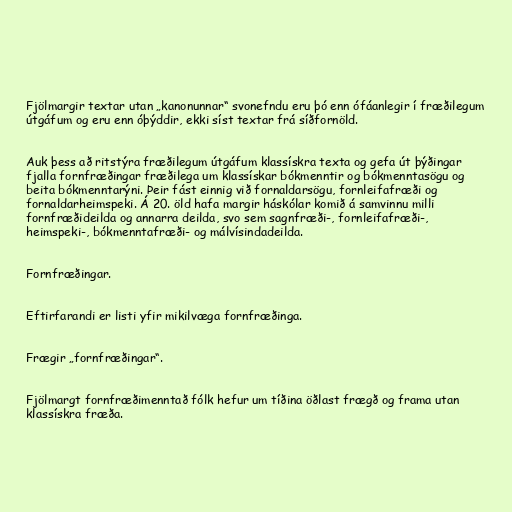
Fjölmargir textar utan „kanonunnar“ svonefndu eru þó enn ófáanlegir í fræðilegum
útgáfum og eru enn óþýddir, ekki síst textar frá síðfornöld.

Auk þess að ritstýra fræðilegum útgáfum klassískra texta og gefa út þýðingar
fjalla fornfræðingar fræðilega um klassískar bókmenntir og bókmenntasögu og
beita bókmenntarýni. Þeir fást einnig við fornaldarsögu, fornleifafræði og
fornaldarheimspeki. Á 20. öld hafa margir háskólar komið á samvinnu milli
fornfræðideilda og annarra deilda, svo sem sagnfræði-, fornleifafræði-,
heimspeki-, bókmenntafræði- og málvísindadeilda.

Fornfræðingar.

Eftirfarandi er listi yfir mikilvæga fornfræðinga.

Frægir „fornfræðingar“.

Fjölmargt fornfræðimenntað fólk hefur um tíðina öðlast frægð og frama utan
klassískra fræða.